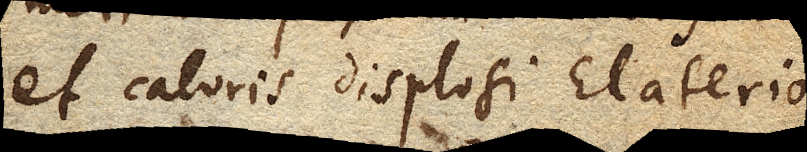
et caloris displosi Elaterio.